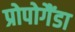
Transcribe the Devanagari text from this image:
प्रोपोगैंडा